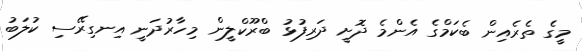
މީގެ ތެރެއިން ބެކަމްގެ އެންމެ ދޮށީ ދަރިފުޅު ބްރޫކްލީން މިހާރުދަނީ އިނގިރޭސި ކުލަބު